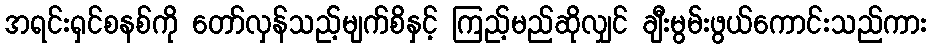
အရင်းရှင်စနစ်ကို တော်လှန်သည့်မျက်စိနှင့် ကြည့်မည်ဆိုလျှင် ချီးမွမ်းဖွယ်ကောင်းသည်ကား